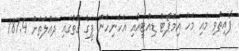
ފާއިތުވި މެއި މަހު އިމްޕޯޓު ޑިއުޓީއާއި އެހެނިހެން ފީގެ ގޮތުގައި ދަޢުލަތަށް 187.4